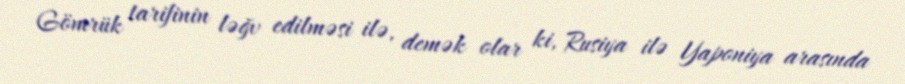
Gömrük tarifinin ləğv edilməsi ilə, demək olar ki, Rusiya ilə Yaponiya arasında